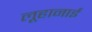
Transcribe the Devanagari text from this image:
लूहानाई